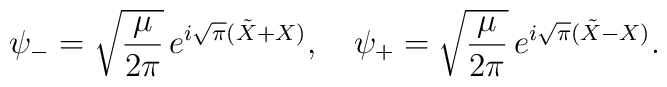
\psi_- = \sqrt{{\mu\over 2\pi}}\, e^{i\sqrt{\pi}( \tilde X+X)},\quad\psi_+ = \sqrt{{\mu\over 2\pi}}\, e^{i\sqrt{\pi}( \tilde X-X)}.